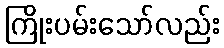
ကြိုးပမ်းသော်လည်း